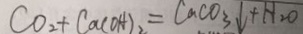
C O _ { 2 } + C a ( O H ) _ { 2 } = C a C O _ { 3 } \downarrow + H _ { 2 } O